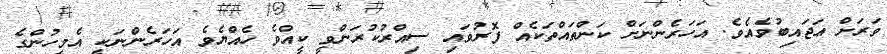
ވަރަށް ޢަޖައިބުވެއެވެ. އަހަރެންނަށް ކަންތައްތަކެއް ފޮރުވައި ސިއްރުކުރަންވީ ކީއްވެ ހެއްޔެވެ އަހަރެންނަކީ އެމީހުންގެ